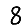
Digit: 8